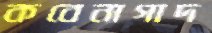
কবেনাগাদ